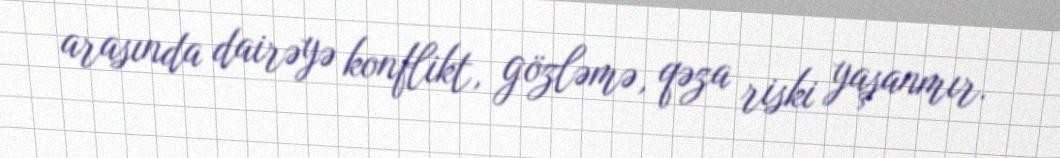
arasında dairəyə konflikt, gözləmə, qəza riski yaşanmır.